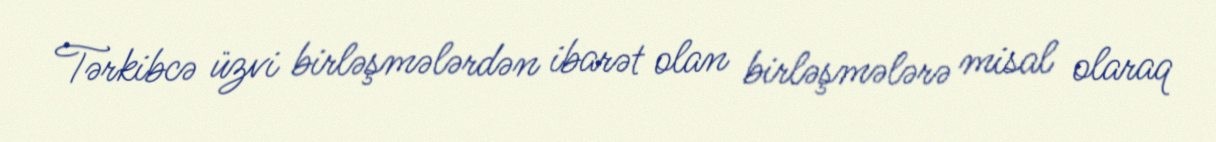
Tərkibcə üzvi birləşmələrdən ibarət olan birləşmələrə misal olaraq